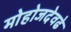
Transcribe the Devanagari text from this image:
मोहोजदेवढे